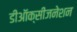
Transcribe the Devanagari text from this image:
डीऑक्सीजनेशन